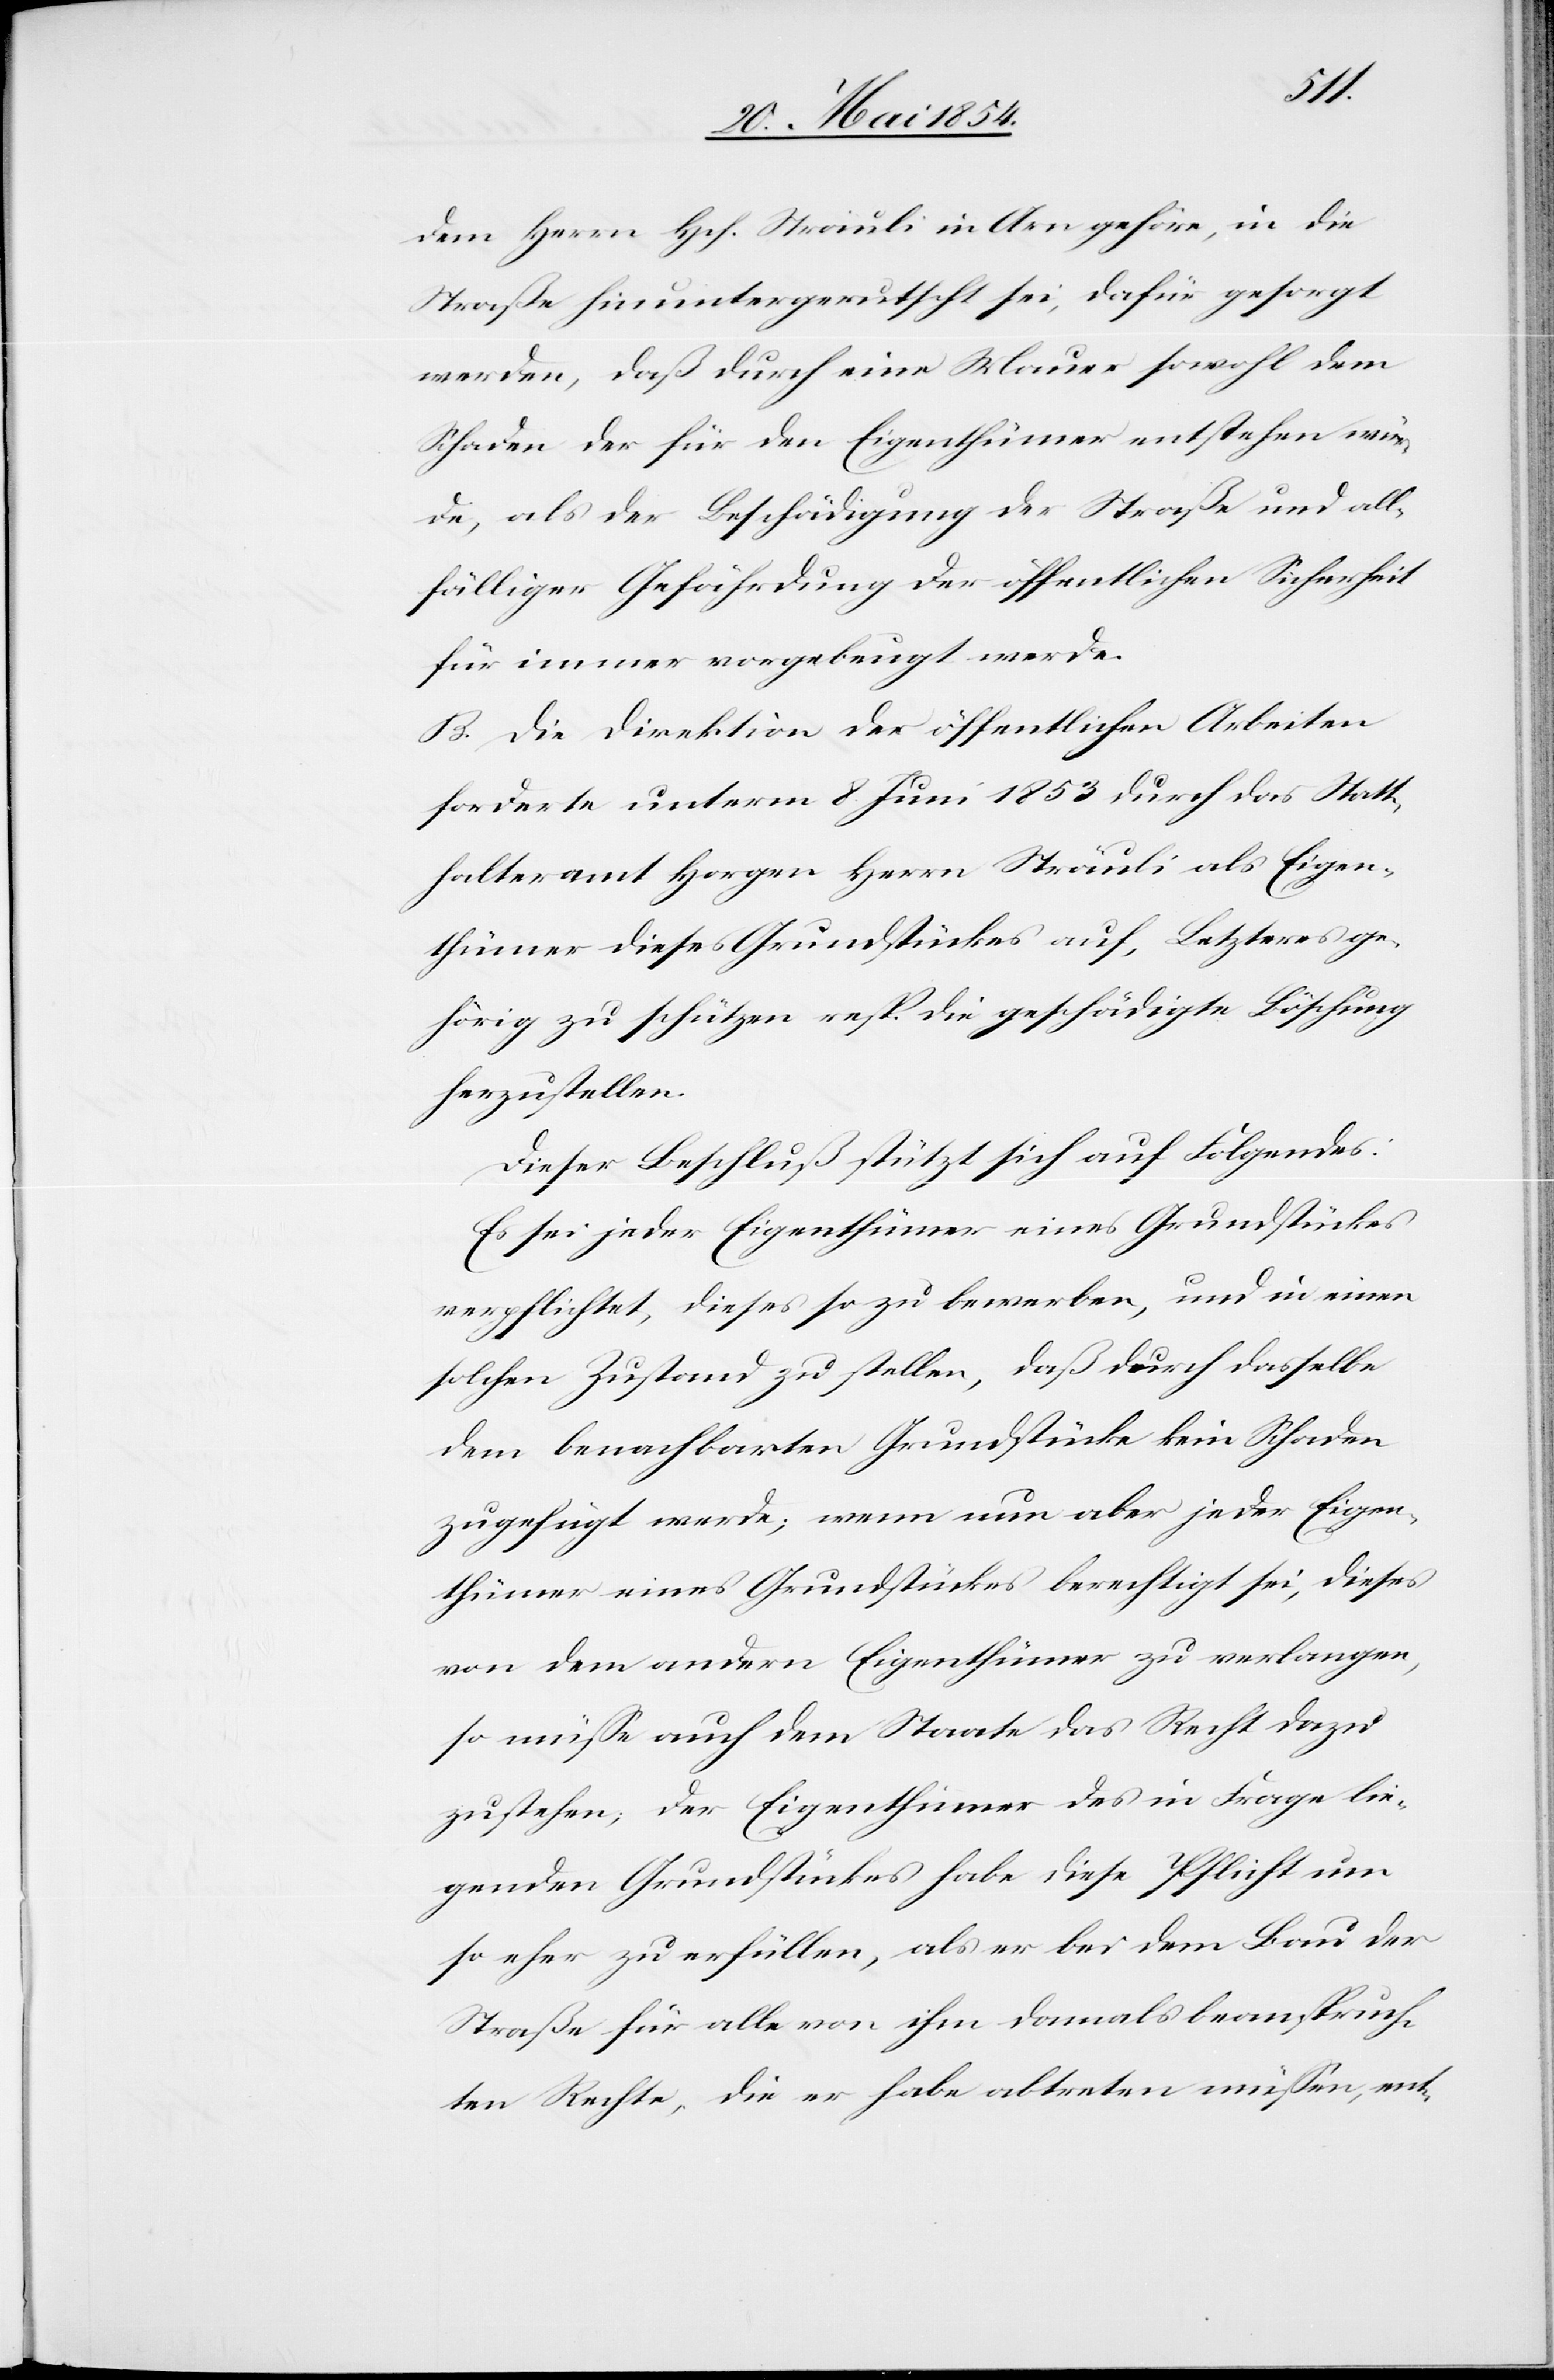
dem Herrn Hch. Sträuli in Arn gehöre, in die
Straße hinuntergerutscht sei, dafür gesorgt
werden, daß durch eine Mauer sowohl dem
Schaden der für den Eigenthümer entstehen wür¬
de, als der Beschädigung der Straße und all¬
fälliger Gefährdung der öffentlichen Sicherheit
für immer vorgebeugt werden.
B. Die Direktion der öffentlichen Arbeiten
forderte unterm 8. Juni 1853 durch das Statt¬
halteramt Horgen Herrn Sträuli als Eigen¬
thümer dieses Grundstückes auf, Letzteres ge¬
hörig zu schützen resp. die geschädigte Böschung
herzustellen.
Dieser Beschluß stützt sich auf Folgendes:
Es sei jeder Eigenthümer eines Grundstückes
verpflichtet, dieses so zu bewerben, und in einen
solchen Zustand zu stellen, daß durch dasselbe
dem benachbarten Grundstücke kein Schaden
zugefügt werde; wenn nun aber jeder Eigen¬
thümer eines Grundstückes berechtigt sei, diese
von dem andern Eigenthümer zu verlangen,
so müße auch dem Staate das Recht dazu
zustehen; der Eigenthümer des in Frage lie¬
genden Grundstückes habe diese Pflicht um
so eher zu erfüllen, als er bei dem Bau der
Straße für alle von ihm damals beanspruch¬
ten Rechte, die er habe abtreten müßen, ent-